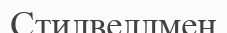
Стилвеллмен